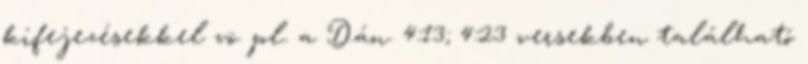
kifejezésekkel vö. pl. a Dán. 4:13; 4:23 versekben található